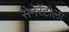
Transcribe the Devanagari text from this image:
सेनेरेंटोला